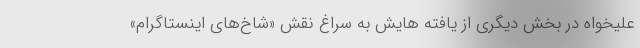
علیخواه در بخش دیگری از یافته هایش به سراغ نقش «شاخ‌های اینستاگرام»